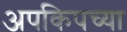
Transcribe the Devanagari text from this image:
अपकिपच्या